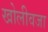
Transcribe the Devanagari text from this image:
खोलीवजा